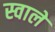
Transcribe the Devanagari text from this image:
स्वाले